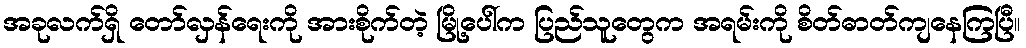
အခုလက်ရှိ တော်လှန်ရေးကို အားစိုက်တဲ့ မြို့ပေါ်က ပြည်သူတွေက အရမ်းကို စိတ်ဓာတ်ကျနေကြပြီ။